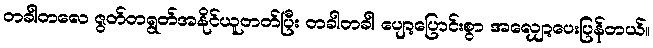
တခါတလေ ဇွတ်တရွတ်အနိုင်ယူတတ်ပြီး တခါတခါ ပျော့ပြောင်းစွာ အလျှော့ပေးပြန်တယ်။